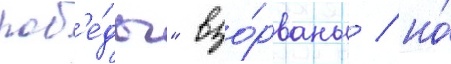
поб'е́ды" взо́рваны / но́